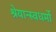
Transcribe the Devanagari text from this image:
श्रेयान्स्वधर्मो